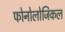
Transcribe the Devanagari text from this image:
फोनोलोजिकल